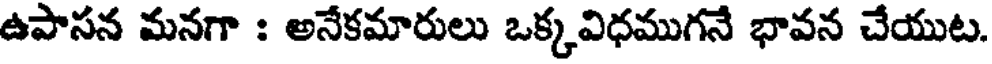
ఉపాసన మనగా : అనేకమారులు ఒక్కవిధముగనే భావన చేయుట.